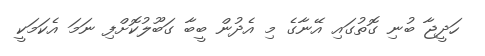
ހަދީޖާ ބުނި ގޮތުގައި އޭނާގެ މި އެދުން ބީބާ ގަބޫލުކޮށްފި ނަމަ އެކަމަކީ